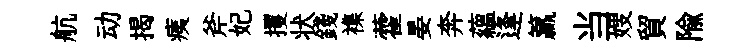
航动揭痍斧妃攫状錢襍藿晏奔蘊逢籯当嫂貿隃